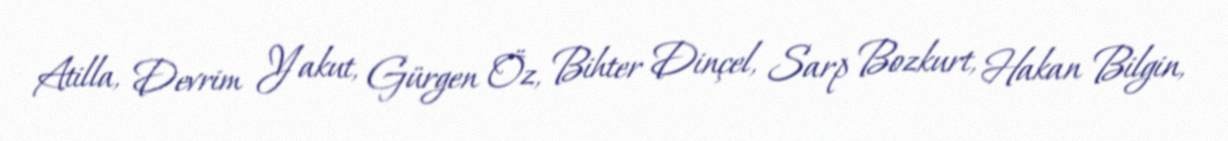
Atilla, Devrim Yakut, Gürgen Öz, Bihter Dinçel, Sarp Bozkurt, Hakan Bilgin,